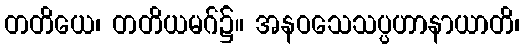
တတိယေ၊ တတိယမဂ်၌။ အနဝသေသပ္ပဟာနာယာတိ၊